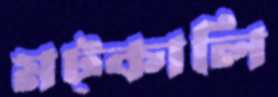
মট্‌কালি